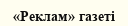
«Реклам» газеті